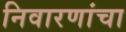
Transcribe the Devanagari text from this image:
निवारणांचा